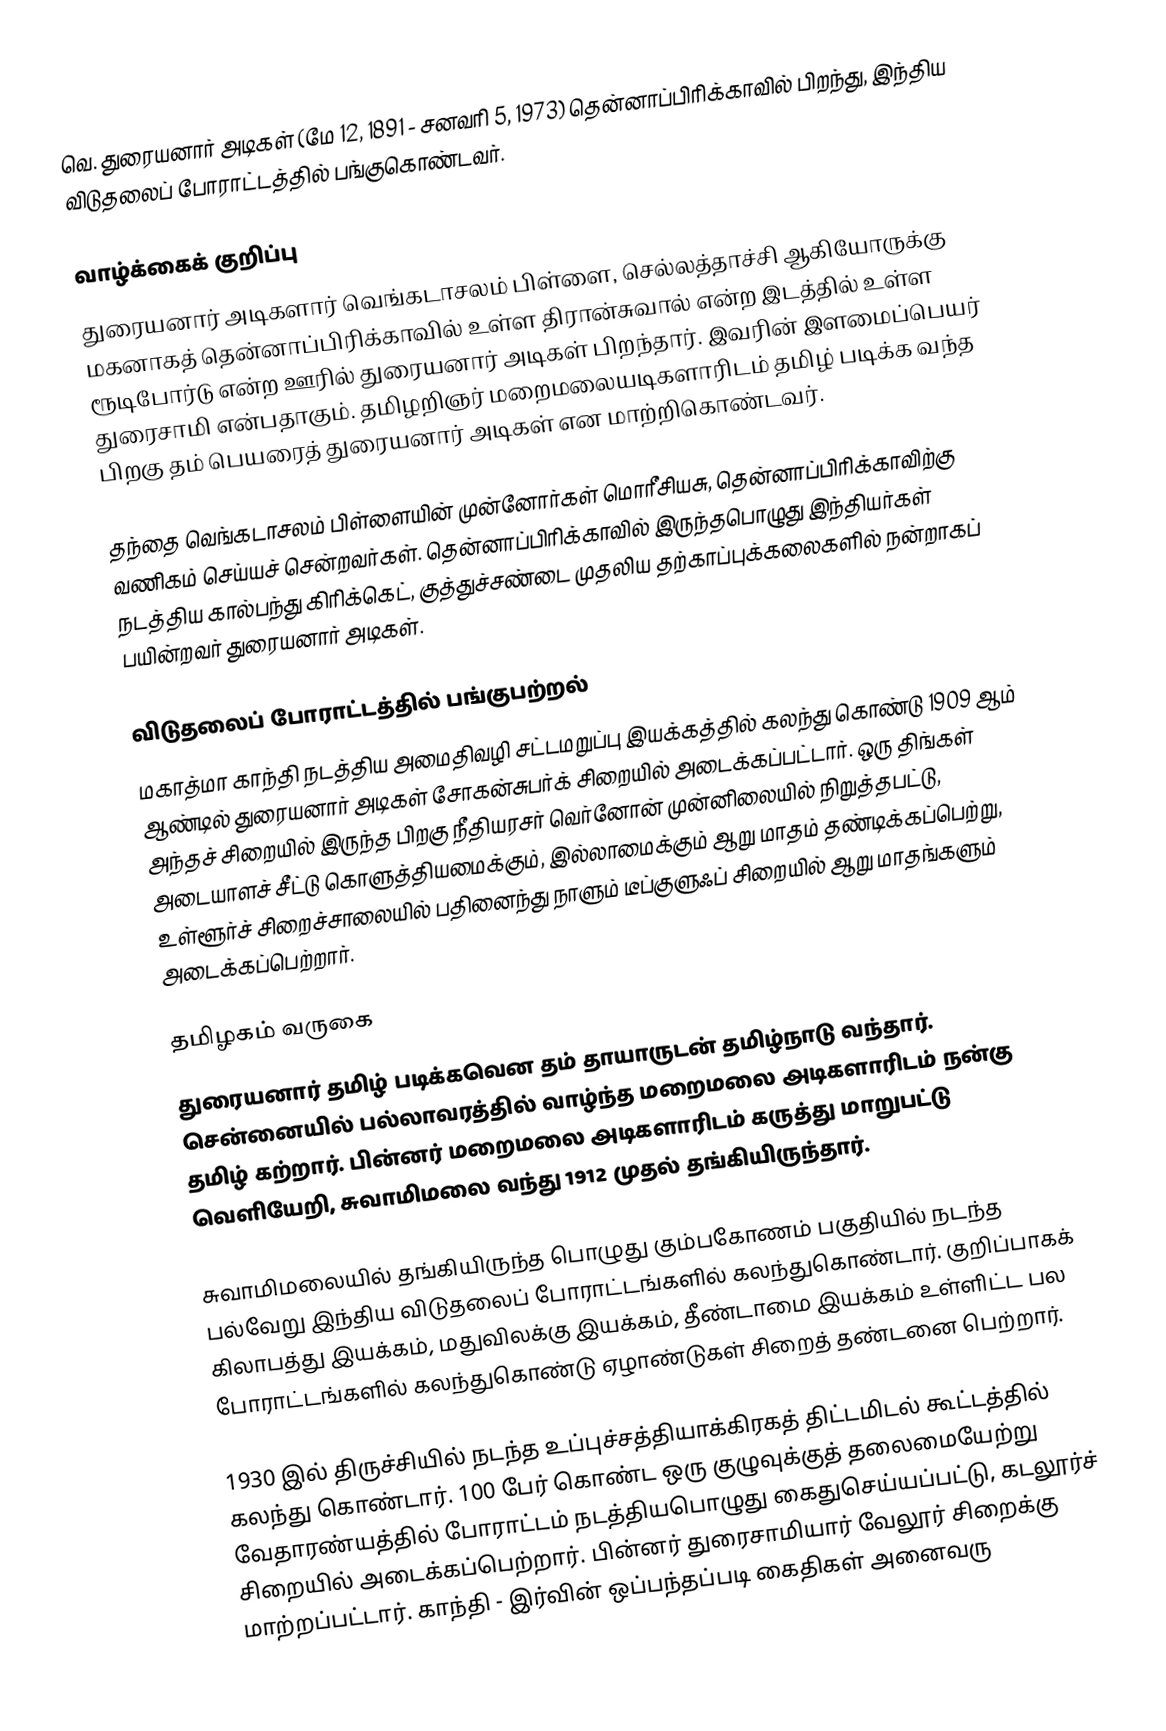
வெ. துரையனார் அடிகள் (மே 12, 1891 - சனவரி 5, 1973) தென்னாப்பிரிக்காவில் பிறந்து, இந்திய விடுதலைப் போராட்டத்தில் பங்குகொண்டவர்.

வாழ்க்கைக் குறிப்பு
துரையனார் அடிகளார் வெங்கடாசலம் பிள்ளை, செல்லத்தாச்சி ஆகியோருக்கு மகனாகத் தென்னாப்பிரிக்காவில் உள்ள திரான்சுவால் என்ற இடத்தில் உள்ள ரூடிபோர்டு என்ற ஊரில் துரையனார் அடிகள் பிறந்தார். இவரின் இளமைப்பெயர் துரைசாமி என்பதாகும். தமிழறிஞர் மறைமலையடிகளாரிடம் தமிழ் படிக்க வந்த பிறகு தம் பெயரைத் துரையனார் அடிகள் என மாற்றிகொண்டவர்.

தந்தை வெங்கடாசலம் பிள்ளையின் முன்னோர்கள் மொரீசியசு, தென்னாப்பிரிக்காவிற்கு வணிகம் செய்யச் சென்றவர்கள். தென்னாப்பிரிக்காவில் இருந்தபொழுது இந்தியர்கள் நடத்திய கால்பந்து கிரிக்கெட், குத்துச்சண்டை முதலிய தற்காப்புக்கலைகளில் நன்றாகப் பயின்றவர் துரையனார் அடிகள்.

விடுதலைப் போராட்டத்தில் பங்குபற்றல்
மகாத்மா காந்தி நடத்திய அமைதிவழி சட்டமறுப்பு இயக்கத்தில் கலந்து கொண்டு 1909 ஆம் ஆண்டில் துரையனார் அடிகள் சோகன்சுபர்க் சிறையில் அடைக்கப்பட்டார். ஒரு திங்கள் அந்தச் சிறையில் இருந்த பிறகு நீதியரசர் வெர்னோன் முன்னிலையில் நிறுத்தபட்டு, அடையாளச் சீட்டு கொளுத்தியமைக்கும், இல்லாமைக்கும் ஆறு மாதம் தண்டிக்கப்பெற்று, உள்ளூர்ச் சிறைச்சாலையில் பதினைந்து நாளும் டீப்குளுஃப் சிறையில் ஆறு மாதங்களும் அடைக்கப்பெற்றார்.

தமிழகம் வருகை
துரையனார் தமிழ் படிக்கவென தம் தாயாருடன் தமிழ்நாடு வந்தார். சென்னையில் பல்லாவரத்தில் வாழ்ந்த மறைமலை அடிகளாரிடம் நன்கு தமிழ் கற்றார். பின்னர் மறைமலை அடிகளாரிடம் கருத்து மாறுபட்டு வெளியேறி, சுவாமிமலை வந்து 1912 முதல் தங்கியிருந்தார்.

சுவாமிமலையில் தங்கியிருந்த பொழுது கும்பகோணம் பகுதியில் நடந்த பல்வேறு இந்திய விடுதலைப் போராட்டங்களில் கலந்துகொண்டார். குறிப்பாகக் கிலாபத்து இயக்கம், மதுவிலக்கு இயக்கம், தீண்டாமை இயக்கம் உள்ளிட்ட பல போராட்டங்களில் கலந்துகொண்டு ஏழாண்டுகள் சிறைத் தண்டனை பெற்றார்.

1930 இல் திருச்சியில் நடந்த உப்புச்சத்தியாக்கிரகத் திட்டமிடல் கூட்டத்தில் கலந்து கொண்டார். 100 பேர் கொண்ட ஒரு குழுவுக்குத் தலைமையேற்று வேதாரண்யத்தில் போராட்டம் நடத்தியபொழுது கைதுசெய்யப்பட்டு, கடலூர்ச் சிறையில் அடைக்கப்பெற்றார். பின்னர் துரைசாமியார் வேலூர் சிறைக்கு மாற்றப்பட்டார். காந்தி - இர்வின் ஒப்பந்தப்படி கைதிகள் அனைவரு